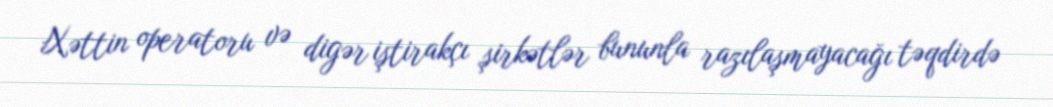
Xəttin operatoru və digər iştirakçı şirkətlər bununla razılaşmayacağı təqdirdə